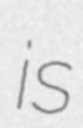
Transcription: is